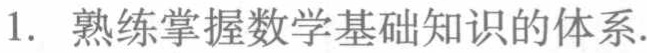
1. 熟练掌握数学基础知识的体系.